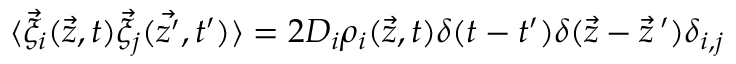
\langle \vec { \xi } _ { i } ( \vec { z } , t ) \vec { \xi } _ { j } ( \vec { z ^ { \prime } } , t ^ { \prime } ) \rangle = 2 D _ { i } \rho _ { i } ( \vec { z } , t ) \delta ( t - t ^ { \prime } ) \delta ( \vec { z } - \vec { z } \, ^ { \prime } ) \delta _ { i , j }